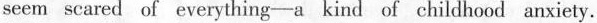
seem scared of everything—a kind of childhood anxiety.